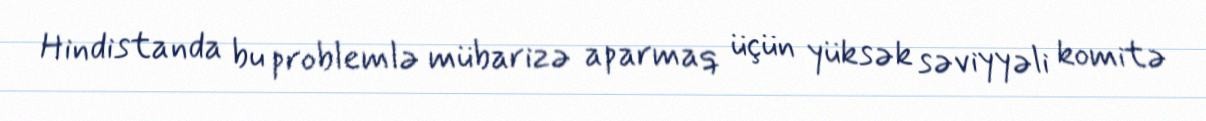
Hindistanda bu problemlə mübarizə aparmaq üçün yüksək səviyyəli komitə